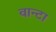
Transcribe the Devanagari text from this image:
वान्टा